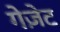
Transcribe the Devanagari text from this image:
गेज़ेट